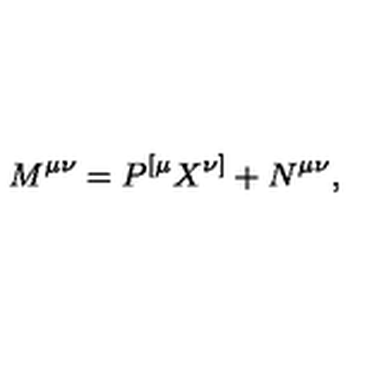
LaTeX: M ^ { \mu \nu } = P ^ { [ \mu } X ^ { \nu ] } + N ^ { \mu \nu } ,